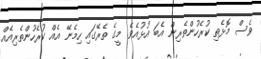
ވެސް މޮޅެތި ކުރެހުންތެރިން އެބަ އުޅުއެވެ. މީގެ ތެރޭގައި ހިމެނޭ އެއް ކުރެހުންތެރިއެއް